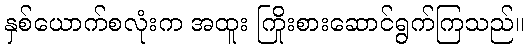
နှစ်ယောက်စလုံးက အထူး ကြိုးစားဆောင်ရွက်ကြသည်။